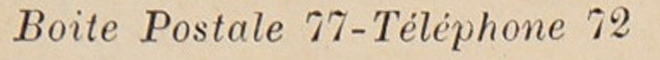
Boite Postale 77-Téléphone 72